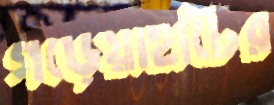
গড়েয়াহাটের